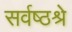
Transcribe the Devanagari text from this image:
सर्वष्ठश्रे